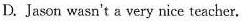
D. Jason wasn't a very nice teacher.